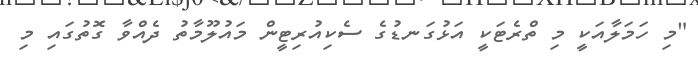
"މި ހަމަލާއަކީ މި ތްރެޓަކީ އަޅުގަނޑުގެ ސެކިއުރިޓީން މައުލޫމާތު ދެއްވާ ގޮތުގައި މި